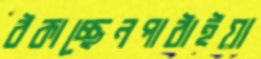
ঠকাচ্ছেনপাঠাইয়া